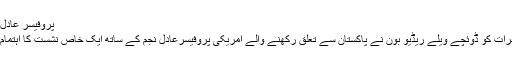
پروفیسر عادل نجم
جمعرات کو ڈوئچے ویلے ریڈیو بون نے پاکستان سے تعلق رکھنے والے امریکی پروفیسرعادل نجم کے ساتھ ایک خاص نشست کا اہتمام کیا۔